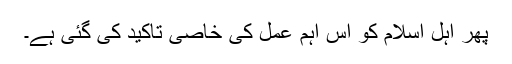
پھر اہل اسلام کو اس اہم عمل کی خاصی تاکید کی گئی ہے۔